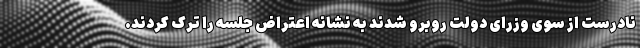
نادرست از سوی وزرای دولت روبرو شدند به نشانه اعتراض جلسه را ترک کردند.